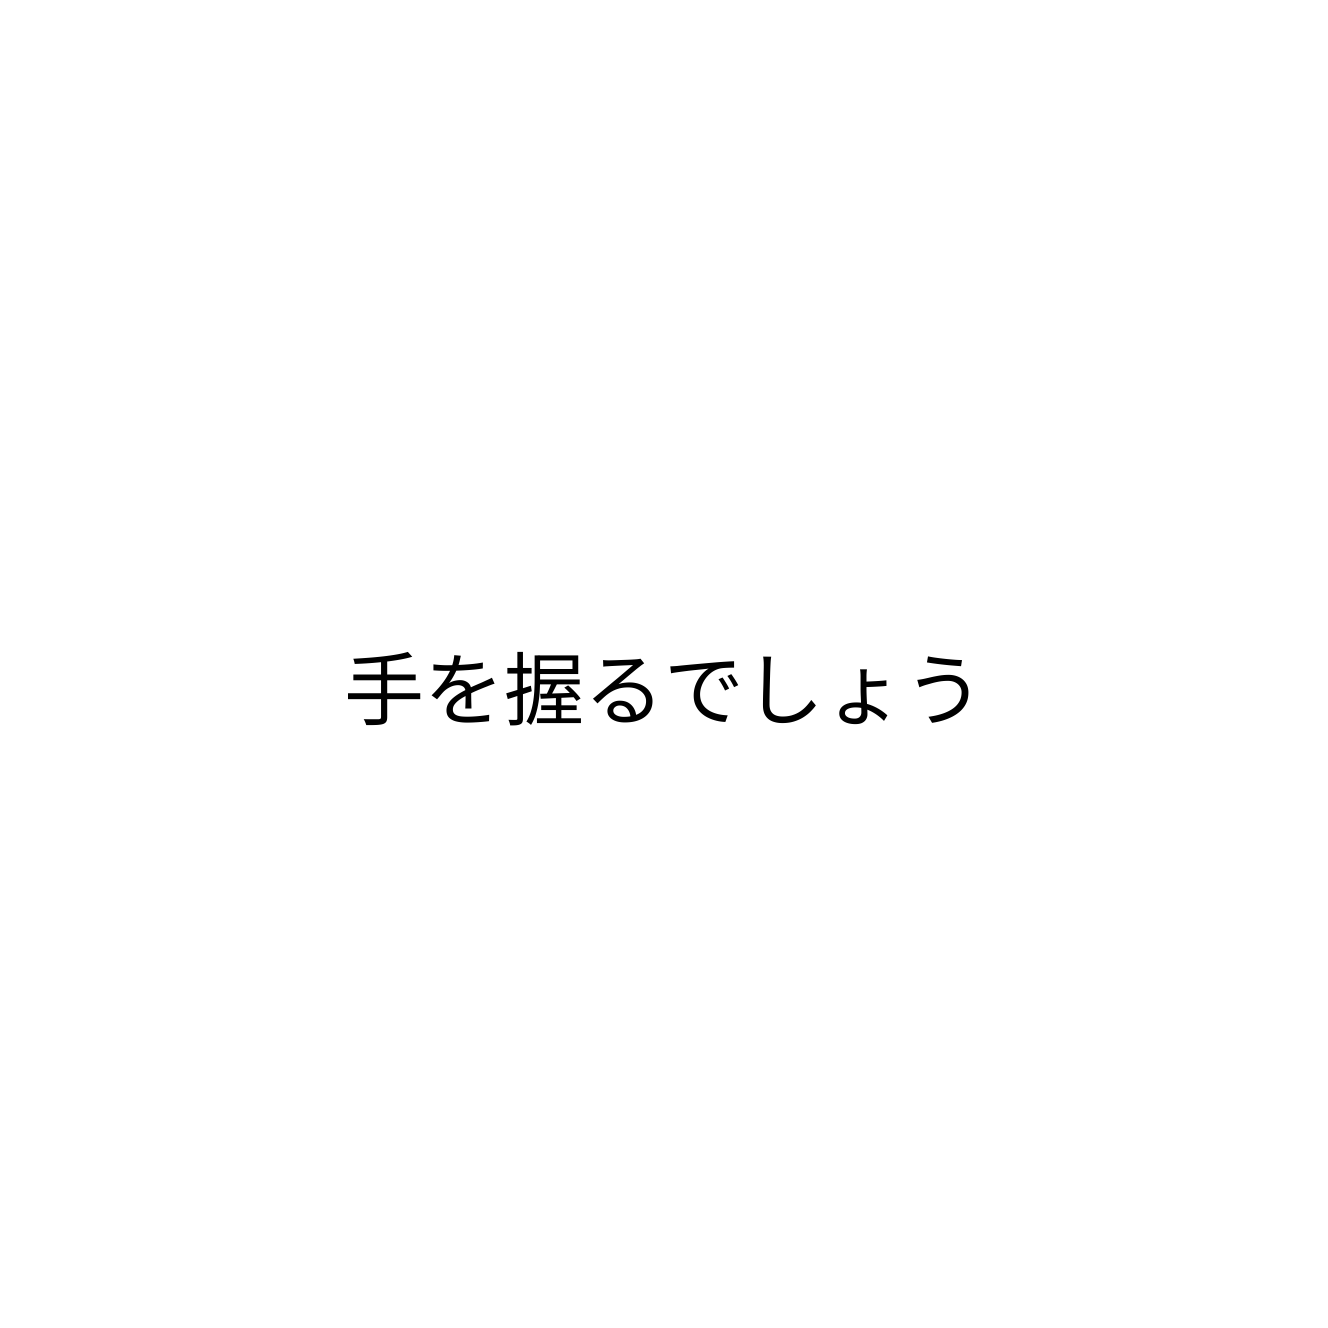
手を握るでしょう